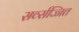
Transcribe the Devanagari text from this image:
सर्व्सज्जित